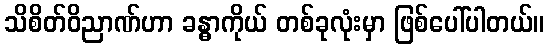
သိစိတ်ဝိညာဏ်ဟာ ခန္ဓာကိုယ် တစ်ခုလုံးမှာ ဖြစ်ပေါ်ပါတယ်။